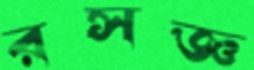
রসজ্ঞ